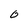
Character: 0